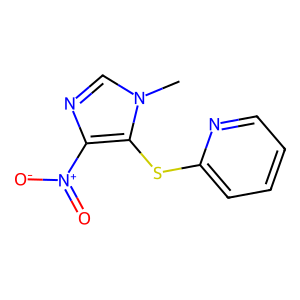
SMILES: Cn1cnc([N+](=O)[O-])c1Sc1ccccn1
Inhibits HIV replication: No